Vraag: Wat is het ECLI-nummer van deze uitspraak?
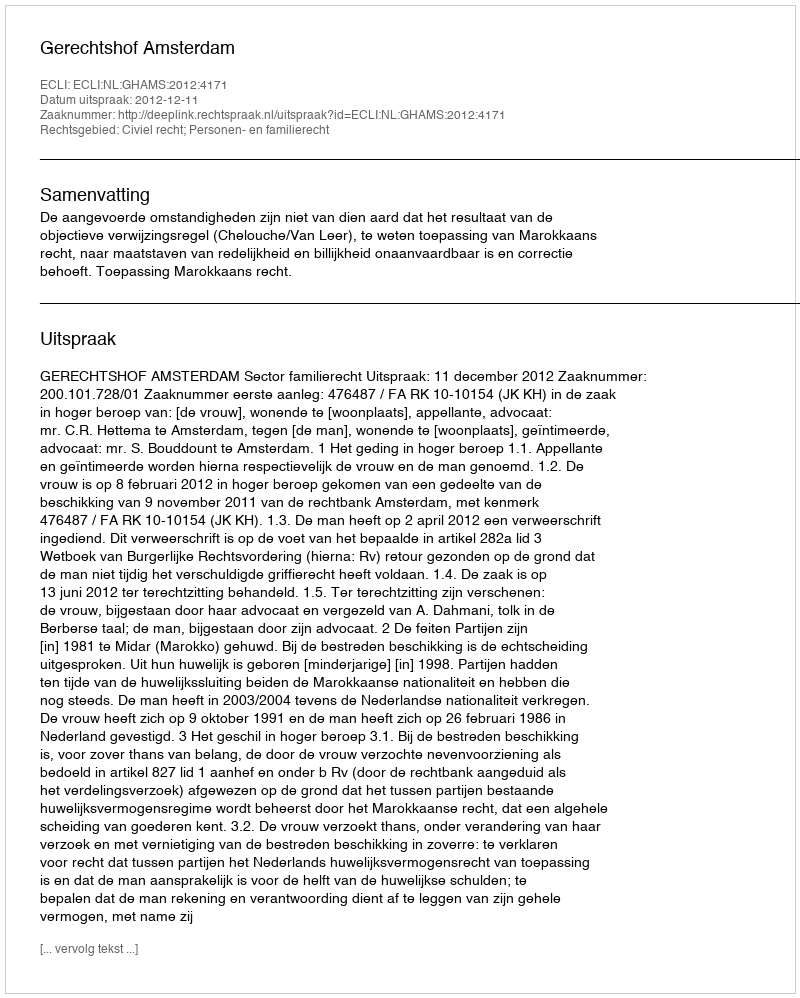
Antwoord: ECLI:NL:GHAMS:2012:4171